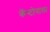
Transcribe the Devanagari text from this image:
कॅन्टोनाला